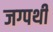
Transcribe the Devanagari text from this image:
जग्पथी